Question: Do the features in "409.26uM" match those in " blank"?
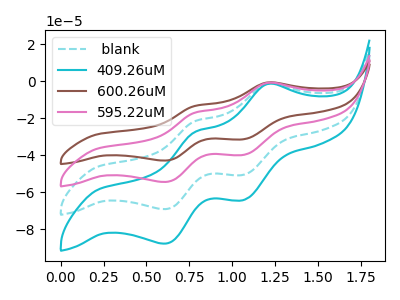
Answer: <think>The cyan dashed curve " blank" has anodic peaks at (1.20V, -1.30uA) (0.80V, -21.65uA) and cathodic peaks at (1.05V, -50.65uA) (0.60V, -69.25uA). The cyan curve "409.26uM" has anodic peaks at (1.20V, -1.60uA) (0.80V, -27.50uA) and cathodic peaks at (1.05V, -64.30uA) (0.60V, -87.85uA). The brown curve "600.26uM" has anodic peaks at (1.20V, -3.85uA) (0.80V, -65.00uA) and cathodic peaks at (1.05V, -151.95uA) (0.60V, -207.70uA). The pink curve "595.22uM" has anodic peaks at (1.20V, -2.55uA) (0.80V, -43.35uA) and cathodic peaks at (1.05V, -101.30uA) (0.60V, -138.45uA).
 All the peaks in "409.26uM" have a peak in " blank" at the same potential.</think>
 <answer>"409.26uM" and " blank" are similar in shape.</answer>
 <eval>same_shape</eval>